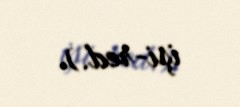
işi-red.).